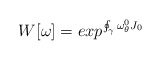
\begin{align*}W[\omega] = exp^{ \oint_{\gamma} \omega^{0}_{\theta}J_0}\end{align*}